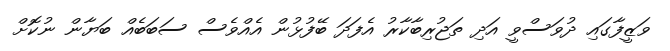
ވަޒީފާގައި ދުވަސްވީ އަދި ތަޖުރިބާކާރު އެފަދަ ބޭފުޅުން އެއްވެސް ސަބަބެއް ބަޔާން ނުކޮށް